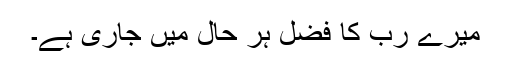
میرے رب کا فضل ہر حال میں جاری ہے۔